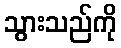
သွားသည်ကို